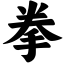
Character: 拳